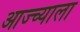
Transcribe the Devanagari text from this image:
आज्च्याला